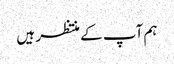
ہم آپ کے منتظر ہیں